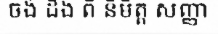
ចង់ ដឹង ពី និមិត្ត សញ្ញា